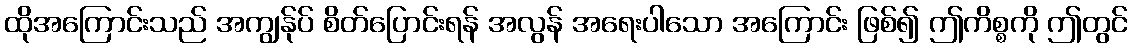
ထိုအကြောင်းသည် အကျွန်ုပ် စိတ်ပြောင်းရန် အလွန် အရေးပါသော အကြောင်း ဖြစ်၍ ဤကိစ္စကို ဤတွင်